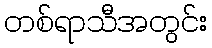
တစ်ရာသီအတွင်း